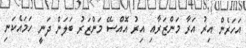
އަހަރެން އިރު އަރާ މަންޒަރާއި އިރު އޮއްސޭ މަންޒަރު ބަލަން ދަނީ ހަމައެކަނި